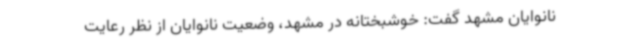
نانوایان مشهد گفت: خوشبختانه در مشهد، وضعیت نانوایان از نظر رعایت